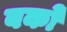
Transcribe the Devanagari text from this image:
बको